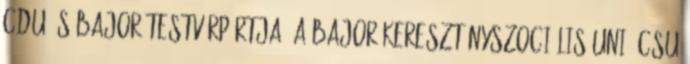
CDU és bajor testvérpártja, a bajor Keresztényszociális Unió CSU